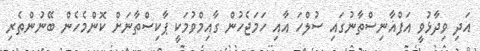
އަދި ވިދާޅުވީ އަފްޣާނިސްތާނުގައި ސުލްހަ އާއި ހަމަޖެހުން ގާއިމްވުމަކީ ޕާކިސްތާނަށް ކޮންމެހެން ބޭނުންތެރި